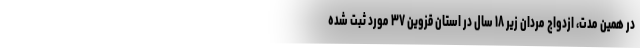
در همین مدت، ازدواج مردان زیر ۱۸ سال در استان قزوین ۳۷ مورد ثبت شده